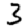
Digit: 3